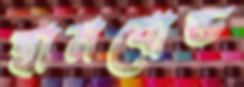
হামবোল্ড